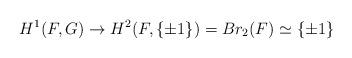
LaTeX: \begin{align*}H^1(F,G)\to H^2(F,\{\pm 1\})=Br_2(F)\simeq \{\pm 1\}\end{align*}